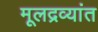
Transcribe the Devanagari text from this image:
मूलद्रव्यांत